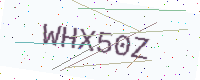
Text: WHX50Z